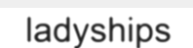
ladyships